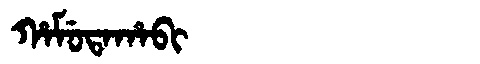
Manchu: ᡥᠠᠮᡠᡨᠠᡥᠠᠪᡳ
Romanization: HAMUTAHABI